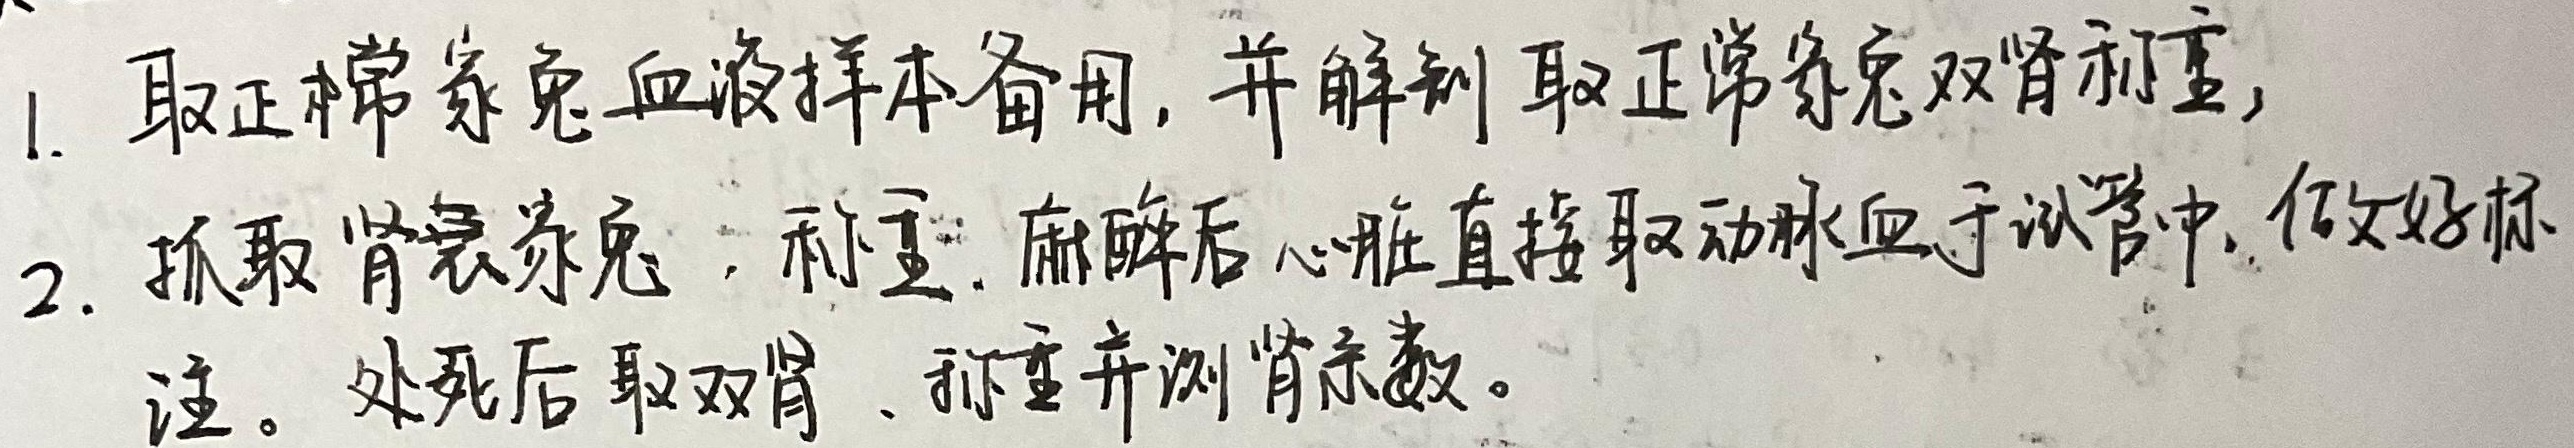
1. 取正常家兔血液样本备用，并解剖取正常家兔双肾称重。
2. 抓取肾衰家兔，称重，麻醉后心脏直接取动脉血于试管中，做好标注。处死后取双肾，称重并测肾系数。